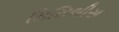
સિસિલીસ